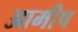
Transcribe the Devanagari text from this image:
आमीष